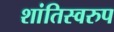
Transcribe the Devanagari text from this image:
शांतिस्वरुप